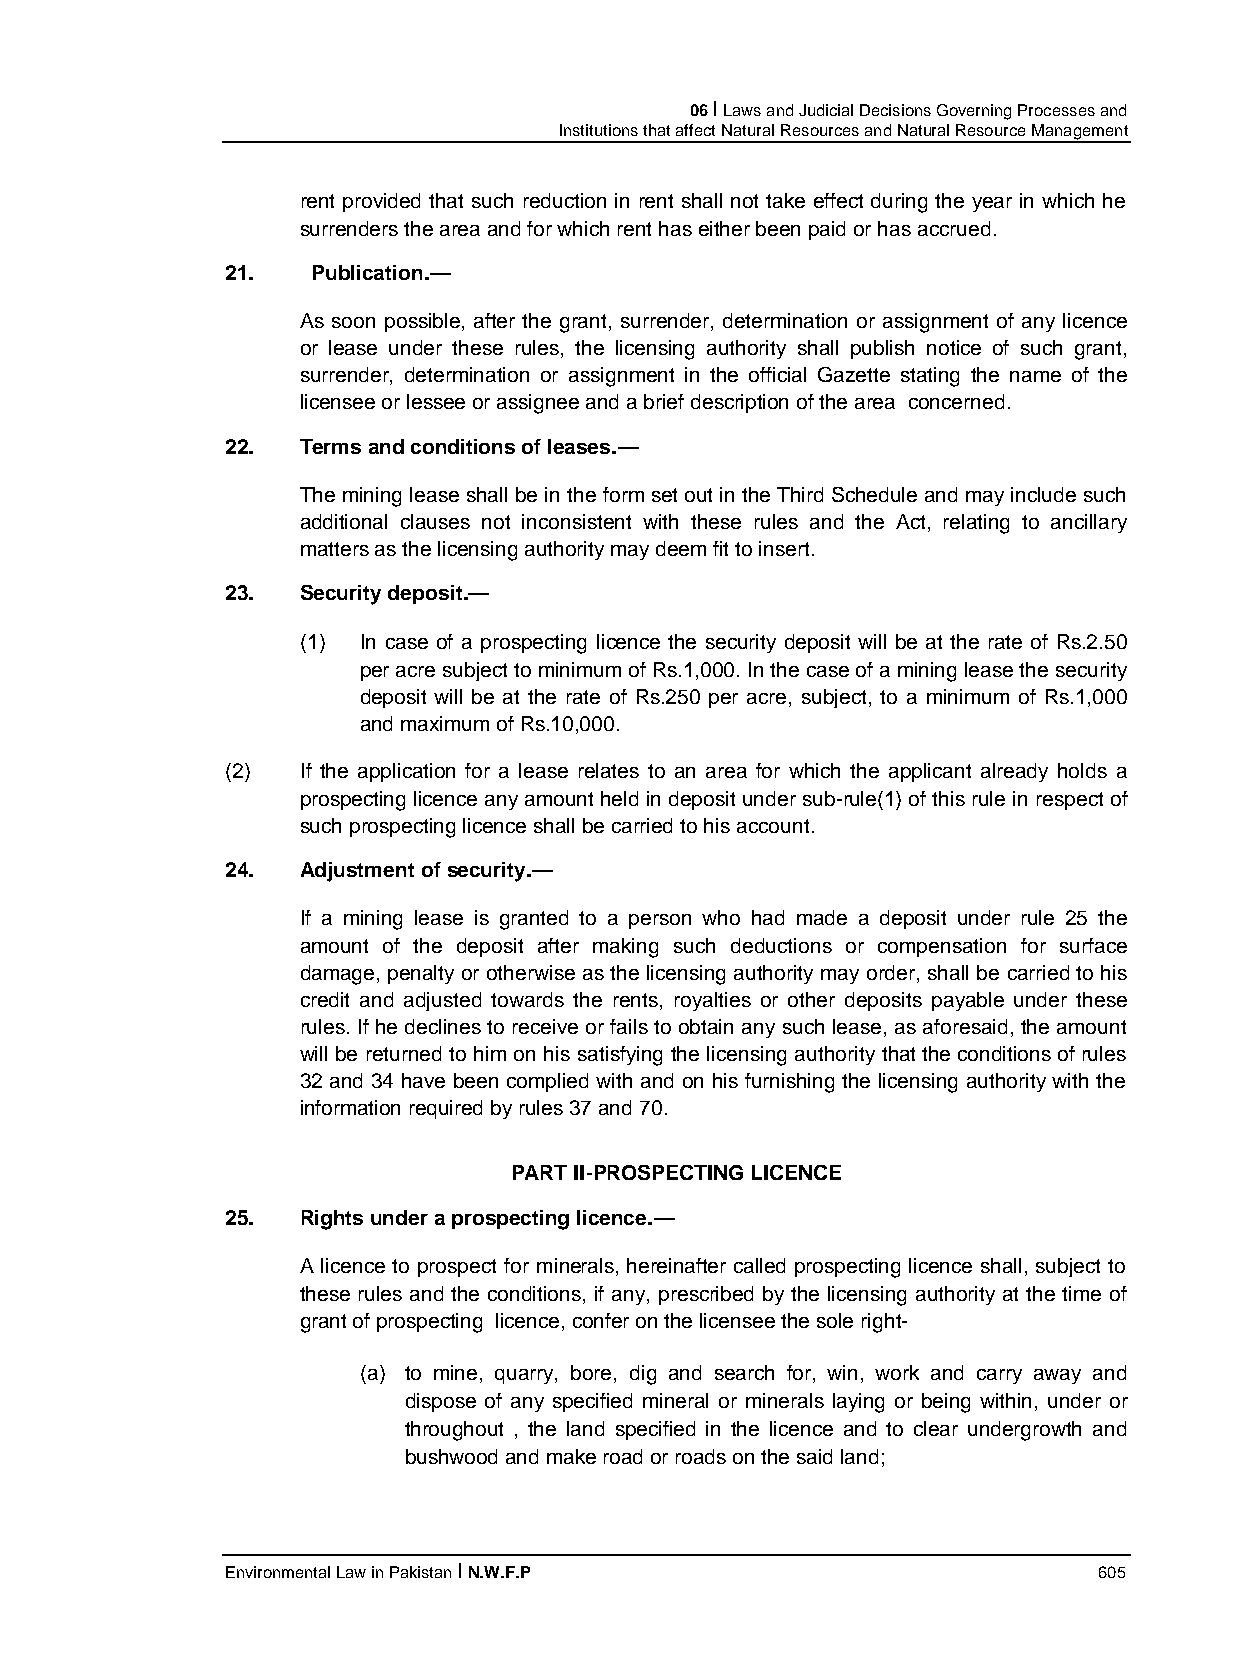
06 I Laws and Judicial Decisions Governing Processes and
 Institutions that affect Natural Resources and Natural Resource Management
 rent provided that such reduction in rent shall not take effect during the year in which he
 surrenders the area and for which rent has either been paid or has accrued.
 21.   Publication.—
 As soon possible, after the grant, surrender, determination or assignment of any licence
 or lease under these rules, the licensing authority shall publish notice of such grant,
 surrender, determination or assignment in the official Gazette stating the name of the
 licensee or lessee or assignee and a brief description of the area concerned.
 22.  Terms and conditions of leases.—
 The mining lease shall be in the form set out in the Third Schedule and may include such
 additional clauses not inconsistent with these rules and the Act, relating to ancillary
 matters as the licensing authority may deem fit to insert.
 23.  Security deposit.—
 (1) In case of a prospecting licence the security deposit will be at the rate of Rs.2.50
 per acre subject to minimum of Rs.1,000. In the case of a mining lease the security
 deposit will be at the rate of Rs.250 per acre, subject, to a minimum of Rs.1,000
 and maximum of Rs.10,000.
 (2)  If the application for a lease relates to an area for which the applicant already holds a
 prospecting licence any amount held in deposit under sub-rule(1) of this rule in respect of
 such prospecting licence shall be carried to his account.
 24.  Adjustment of security.—
 If a mining lease is granted to a person who had made a deposit under rule 25 the
 amount of the deposit after making such deductions or compensation for surface
 damage, penalty or otherwise as the licensing authority may order, shall be carried to his
 credit and adjusted towards the rents, royalties or other deposits payable under these
 rules. If he declines to receive or fails to obtain any such lease, as aforesaid, the amount
 will be returned to him on his satisfying the licensing authority that the conditions of rules
 32 and 34 have been complied with and on his furnishing the licensing authority with the
 information required by rules 37 and 70.
 PART II-PROSPECTING LICENCE
 25.  Rights under a prospecting licence.—
 A licence to prospect for minerals, hereinafter called prospecting licence shall, subject to
 these rules and the conditions, if any, prescribed by the licensing authority at the time of
 grant of prospecting licence, confer on the licensee the sole right-
 (a) to mine, quarry, bore, dig and search for, win, work and carry away and
 dispose of any specified mineral or minerals laying or being within, under or
 throughout , the land specified in the licence and to clear undergrowth and
 bushwood and make road or roads on the said land;
 Environmental Law in Pakistan I N.W.F.P                   605